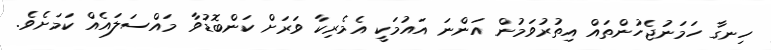
ހިނގާ ހަމަނުޖެހުންތައް އިތުރުވަމުން އަންނަ އައުމަކީ އެމެރިކާ ވަރަށް ކަންބޮޑުވާ މައްސަލައެއް ކަމަށެވެ.